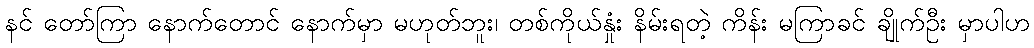
နင် တော်ကြာ နောက်တောင် နောက်မှာ မဟုတ်ဘူး၊ တစ်ကိုယ်နှုံး နိမ်းရတဲ့ ကိန်း မကြာခင် ချိုက်ဦး မှာပါဟ